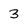
Character: 3